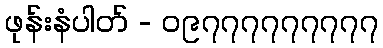
ဖုန်းနံပါတ် - ၀၉၇၇၇၇၇၇၇၇၇